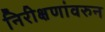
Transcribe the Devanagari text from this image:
निरीक्षणांवरुन